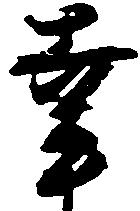
幸